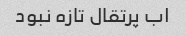
اب پرتقال تازه نبود